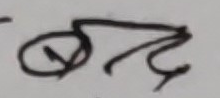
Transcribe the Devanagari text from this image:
छर्द